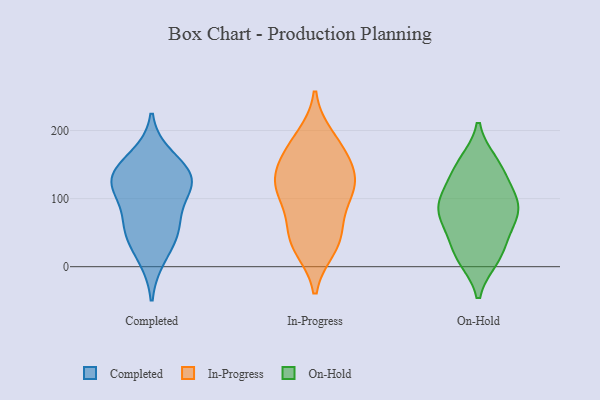
{"axis": {"x": "Operating Costs (USD K)", "y": "Value"}, "legend": ["Completed", "In-Progress", "On-Hold"], "data": [{"x": "", "y": 131, "type": "Completed"}, {"x": "", "y": 139, "type": "Completed"}, {"x": "", "y": 161, "type": "Completed"}, {"x": "", "y": 123, "type": "Completed"}, {"x": "", "y": 117, "type": "Completed"}, {"x": "", "y": 51, "type": "Completed"}, {"x": "", "y": 65, "type": "Completed"}, {"x": "", "y": 55, "type": "Completed"}, {"x": "", "y": 14, "type": "Completed"}, {"x": "", "y": 118, "type": "Completed"}, {"x": "", "y": 176, "type": "In-Progress"}, {"x": "", "y": 104, "type": "In-Progress"}, {"x": "", "y": 119, "type": "In-Progress"}, {"x": "", "y": 34, "type": "In-Progress"}, {"x": "", "y": 48, "type": "In-Progress"}, {"x": "", "y": 55, "type": "In-Progress"}, {"x": "", "y": 29, "type": "In-Progress"}, {"x": "", "y": 189, "type": "In-Progress"}, {"x": "", "y": 117, "type": "In-Progress"}, {"x": "", "y": 163, "type": "In-Progress"}, {"x": "", "y": 122, "type": "In-Progress"}, {"x": "", "y": 152, "type": "In-Progress"}, {"x": "", "y": 116, "type": "In-Progress"}, {"x": "", "y": 105, "type": "On-Hold"}, {"x": "", "y": 20, "type": "On-Hold"}, {"x": "", "y": 91, "type": "On-Hold"}, {"x": "", "y": 151, "type": "On-Hold"}, {"x": "", "y": 82, "type": "On-Hold"}, {"x": "", "y": 60, "type": "On-Hold"}, {"x": "", "y": 71, "type": "On-Hold"}, {"x": "", "y": 153, "type": "On-Hold"}, {"x": "", "y": 13, "type": "On-Hold"}, {"x": "", "y": 82, "type": "On-Hold"}, {"x": "", "y": 119, "type": "On-Hold"}, {"x": "", "y": 141, "type": "On-Hold"}, {"x": "", "y": 12, "type": "On-Hold"}, {"x": "", "y": 92, "type": "On-Hold"}, {"x": "", "y": 41, "type": "On-Hold"}]}